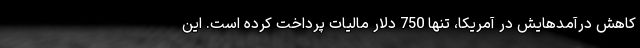
کاهش درآمدهایش در آمریکا، تنها 750 دلار مالیات پرداخت کرده است. این